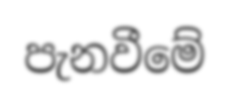
පැනවීමේ